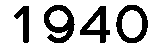
1940